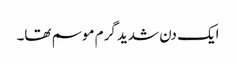
ایک دن شدید گرم موسم تھا۔